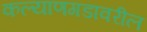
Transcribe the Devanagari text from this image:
कल्याणगडावरील